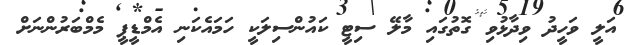
އަލީ ވަހީދު ވިދާޅުވި ގޮތުގައި މާލޭ ސިޓީ ކައުންސިލަކީ ހަމައެކަނި އެމްޑީޕީ މެމްބަރުންނަށް